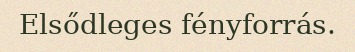
Elsődleges fényforrás.